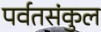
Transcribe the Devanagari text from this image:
पर्वतसंकुल